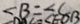
\angle B = \angle C